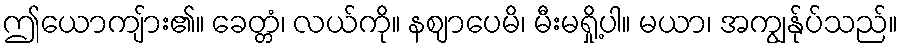
ဤယောကျ်ား၏။ ခေတ္တံ၊ လယ်ကို။ နဈာပေမိ၊ မီးမရှို့ပါ။ မယာ၊ အကျွန်ုပ်သည်။